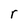
Character: r